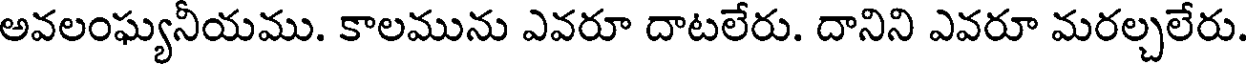
అవలంఘ్యనీయము. కాలమును ఎవరూ దాటలేరు. దానిని ఎవరూ మరల్చలేరు.